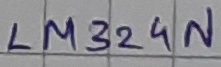
Text: LM324N